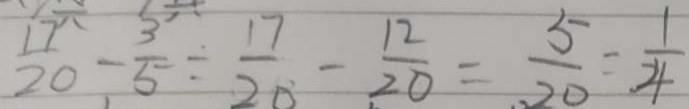
\frac { 1 7 } { 2 0 } - \frac { 3 } { 5 } \div \frac { 1 7 } { 2 0 } - \frac { 1 2 } { 2 0 } = \frac { 5 } { 2 0 } = \frac { 1 } { 4 }